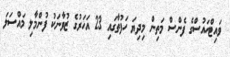
ވައިޓްހައުސްގެ ފެންސް މަތިން މިދިޔަ ހަފުތާގައި 23 އަހަރުގެ ޒުވާނަކު ފުންމާލި މައްސަލަ